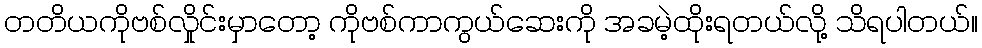
တတိယကိုဗစ်လှိုင်းမှာတော့ ကိုဗစ်ကာကွယ်ဆေးကို အခမဲ့ထိုးရတယ်လို့ သိရပါတယ်။